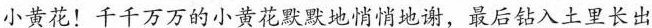
小黄花！千千万万的小黄花默默地悄悄地谢，最后钻入土里长出